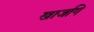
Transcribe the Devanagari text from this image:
खाजगि